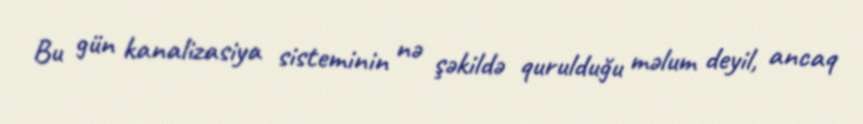
Bu gün kanalizasiya sisteminin nə şəkildə qurulduğu məlum deyil, ancaq